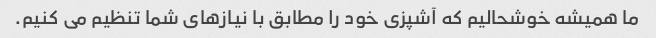
ما همیشه خوشحالیم که آشپزی خود را مطابق با نیازهای شما تنظیم می کنیم.